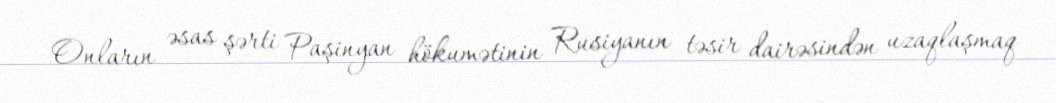
Onların əsas şərti Paşinyan hökumətinin Rusiyanın təsir dairəsindən uzaqlaşmaq